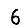
Digit: 6